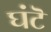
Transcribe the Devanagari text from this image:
घंटॆ